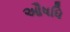
ઔષધિ